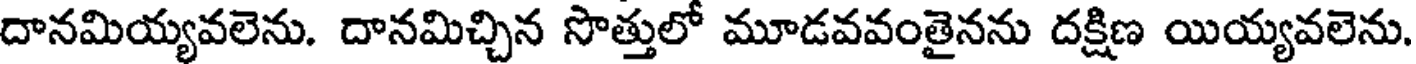
దానమియ్యవలెను. దానమిచ్చిన సొత్తులో మూడవవంతైనను దక్షిణ యియ్యవలెను